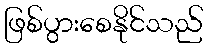
ဖြစ်ပွားစေနိုင်သည်